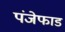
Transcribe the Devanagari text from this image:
पंजेफाड